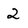
Character: 2